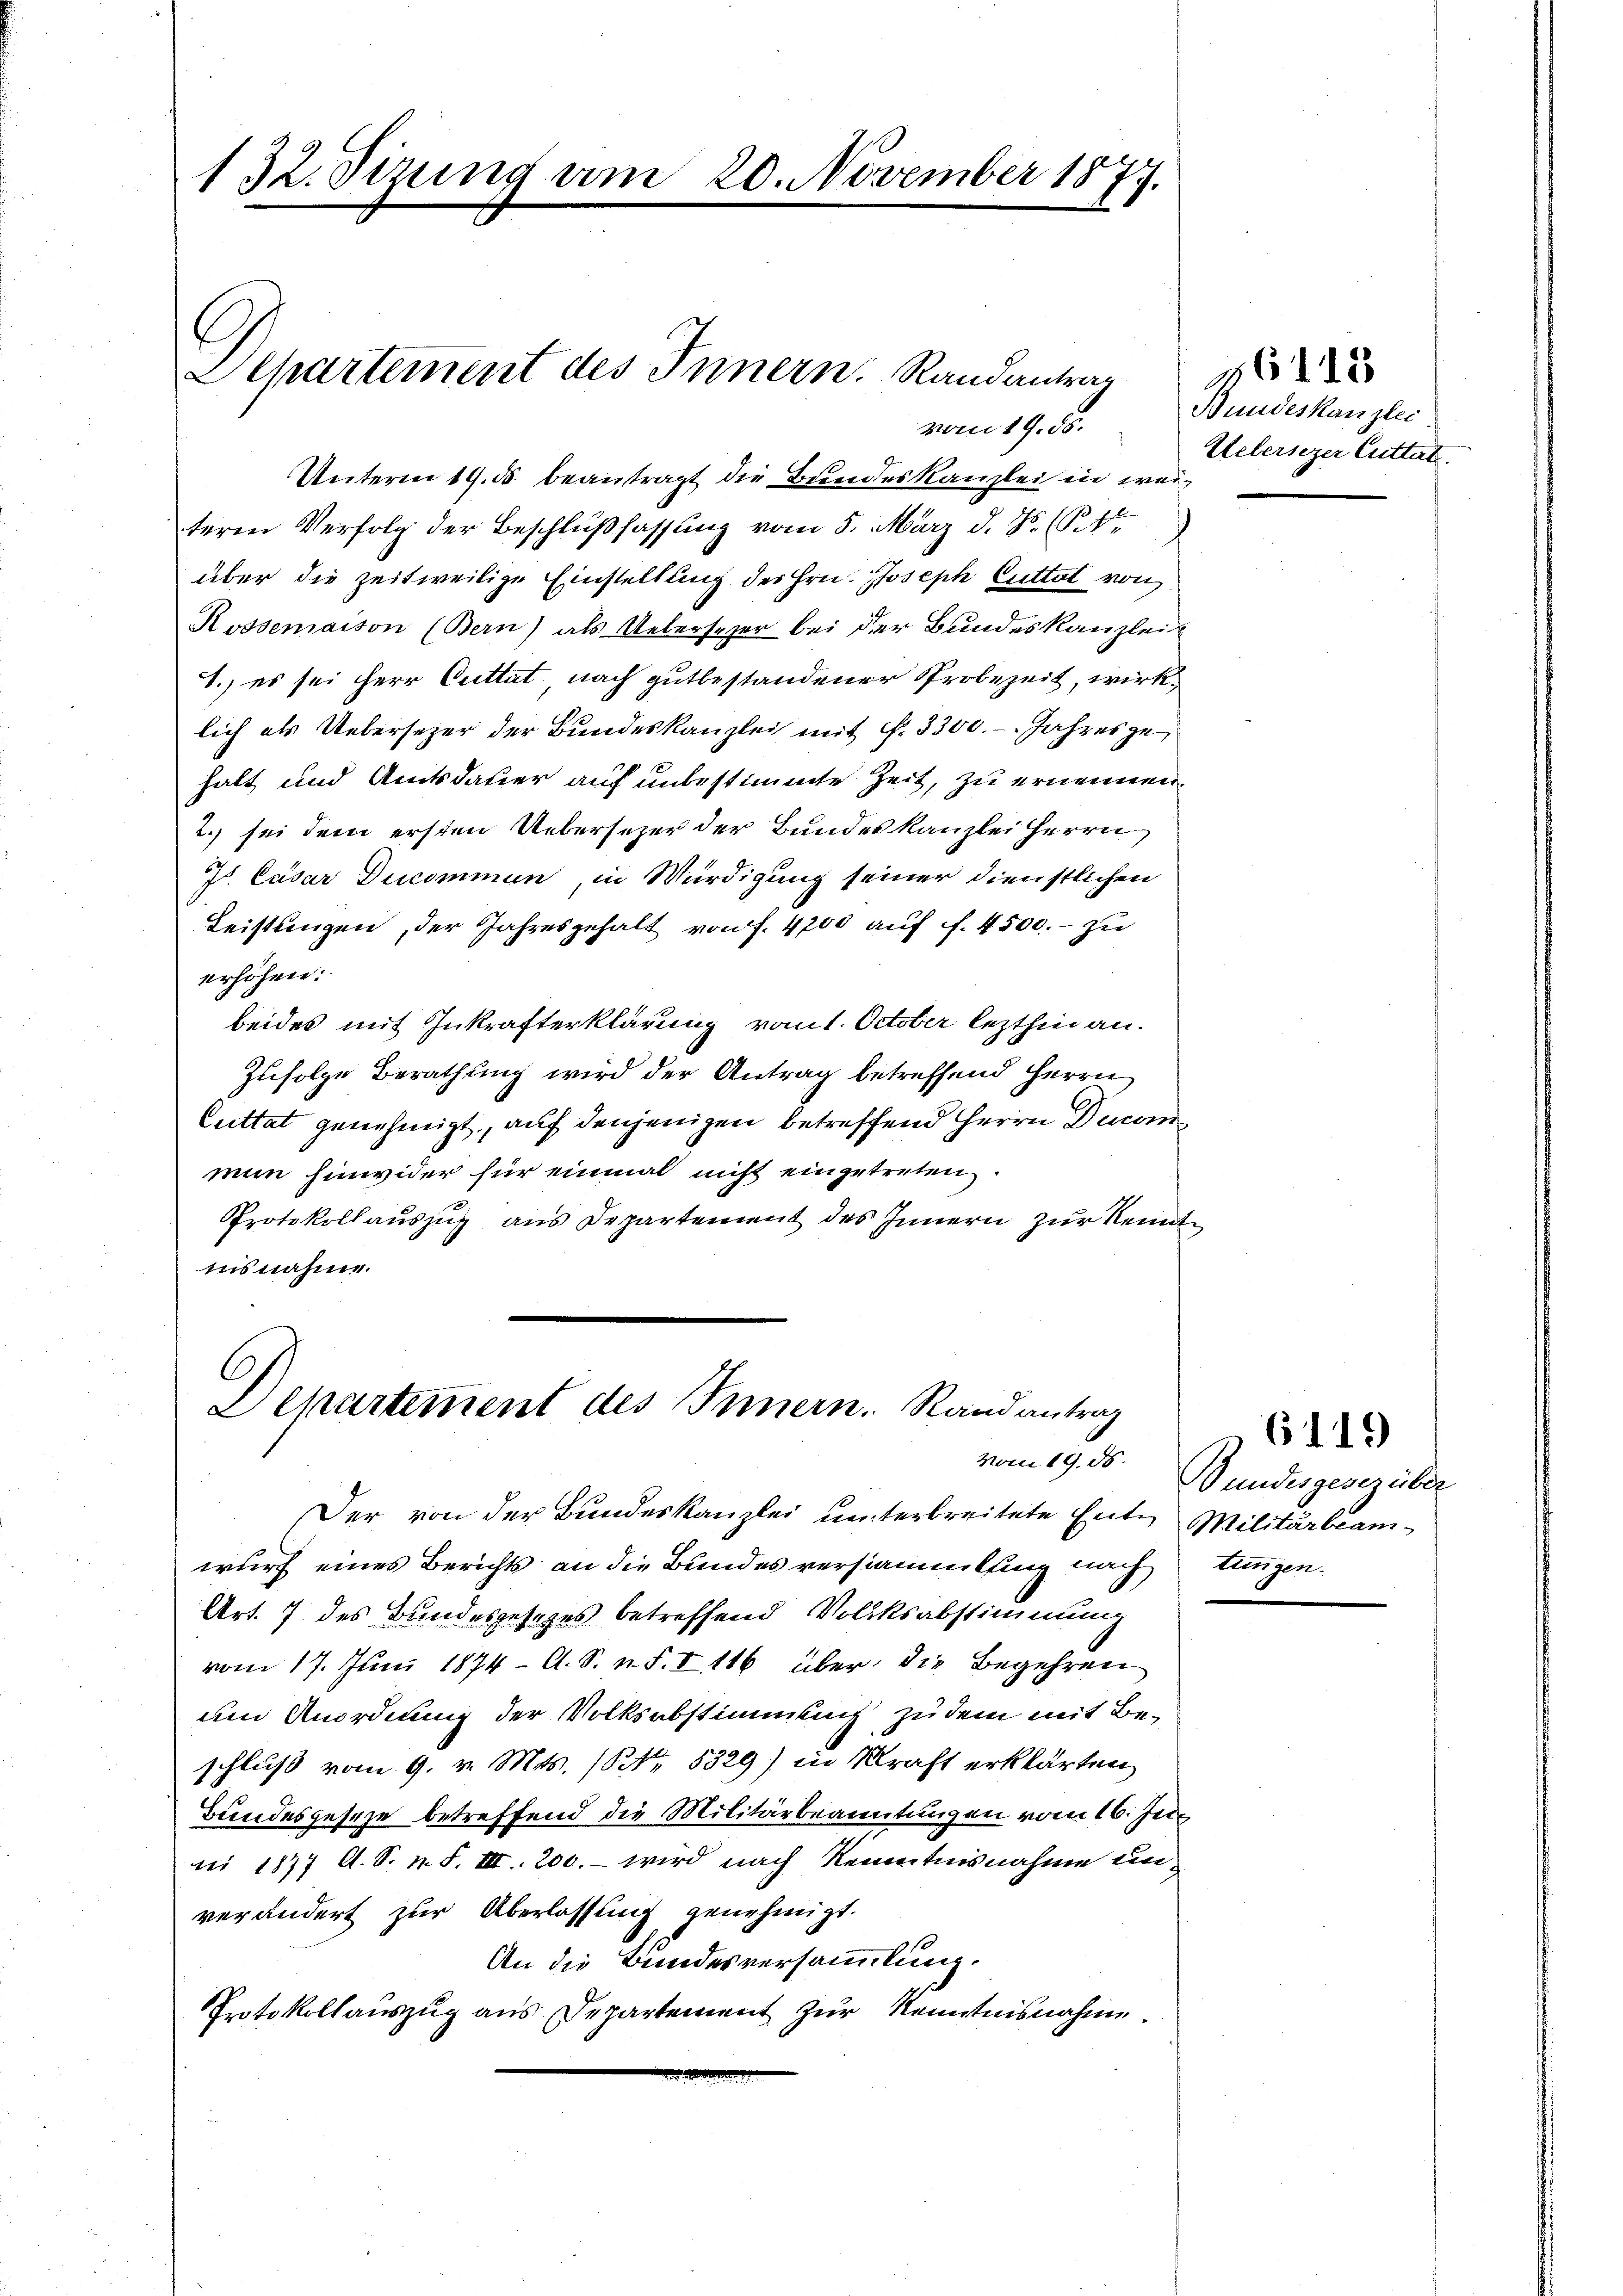
132. Sizung am 20. November 1877.

Unterm 19. ds. beantragt die Bundeskanzlei in weiteren Verfolg der Beschlußfassung vom 5. März d. Js. (S.
über die zeitweilige Einstellung des Hrn. Joseph Cuttat von
Rossemaison (Bern) als Uebersezer bei der Bundeskanzlei
1. es sei Herr Cuttat nach gutbestandener Probezeit, wirklich als Uebersezer der Bundeskanzlei mit f. 3300. - Jahresgehalt und Amtsdauer auf unbestimmte Zeit, zu ernennen.
2. sei dem ersten Uebersezer der Bundes Kanzlei Herrn
Js Cäsar Ducommen in Würdigung seiner dienstlichen
Leistungen, der Jahresgehalt von f. 4700 auf ff. 4500. - zu
erhöhen:
beides mit Inkrafterklärung vom 1. October lezthin an.
Zufolge Berathung wird der Antrag betreffend Herrn
Cuttat genehmigt, auf denjenigen betreffend Herrn Decomnun hinwider für einmal nicht eingetreten.
Protokollauszug aus Departement des Innern zur Kennt
isnahme.

Separtement des Innern. Randantrag

C
Departement des Innern. Randantrag

vom 19. ds.

Der von der Bundeskanzlei unterbreitete Entwurf eines Berichts an die Bundesversammlung nach tungen.
Art. 7 des Bundesgesetzes betreffend Volksabstimmung
vom 17. Juni 1874 - A. S. n. F. V 116 über die Begehren
um Anordnung der Volksabstimmung zu dem mit Beschluß vom 9. v. Mts. (NNo. 5329) in Kraft erklärten
Bundesgeseze betreffend die Militärbeamtungen vom 16. Juni
nii 1877 A. S. n. F. III. 200. – wird nach Kenntnisnahme unverändert zur Überlassung genehmigt.
An die Bundesversammlung.
Protokollauszug aus Departement zur Kenntnisnahme.

Bundeskanzlei
Uebersezer Cuttat.

16115

6119

vom 19. d. Bundesgesezüber
Militärbeam